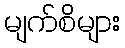
မျက်စိများ